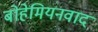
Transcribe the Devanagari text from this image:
बोहेमियनवाद